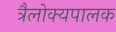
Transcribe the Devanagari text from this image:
त्रैलोक्यपालक